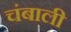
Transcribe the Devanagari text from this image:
चंबाली